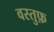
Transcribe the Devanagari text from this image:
वस्तुफ़